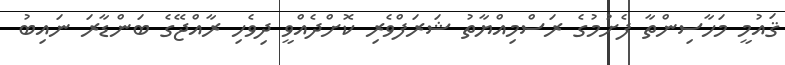
ޤައުމީ މަހާސިންތާ ފެށުމުގެ ރަސްމިއްޔާތު ޝަރަފްވެރި ކޮށްދެއްވީ ދިވެހި ރާއްޖޭގެ ބަންޑާރަ ނައިބު